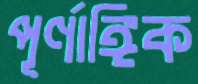
পূর্ণাঙ্গিক